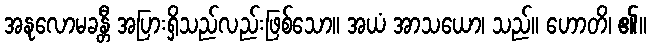
အနုလောမခန္တီ အပြားရှိသည်လည်းဖြစ်သော။ အယံ အာသယော၊ သည်။ ဟောတိ၊ ၏။